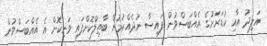
އަލިދު އާއި ކުޑަރަށުގެ އެއްބަސްވުން ފައިސާ ނުދެއްކުމުން ބާތިލްކޮށްފައި ވަނިކޮށް އެ އެއްބަސްވުން